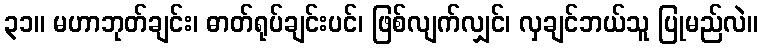
၃၁။ မဟာဘုတ်ချင်း၊ ဓာတ်ရုပ်ချင်းပင်၊ ဖြစ်လျက်လျှင်၊ လှချင်ဘယ်သူ ပြုမည်လဲ။